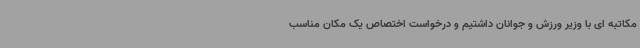
مکاتبه ای با وزیر ورزش و جوانان داشتیم و درخواست اختصاص یک مکان مناسب